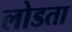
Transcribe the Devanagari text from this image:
लोडता